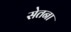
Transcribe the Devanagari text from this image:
सेतना